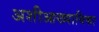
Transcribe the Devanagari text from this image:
अशीआख्यायिका